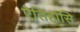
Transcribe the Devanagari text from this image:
ऐतिहासि